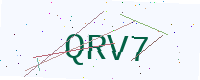
Text: QRV7